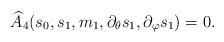
\begin{align*}\widehat A_4(s_0,s_1,m_1,\partial_\theta s_1,\partial_\varphi s_1) = 0.\end{align*}